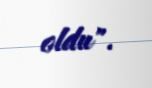
oldu".